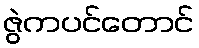
ဇွဲကပင်တောင်